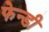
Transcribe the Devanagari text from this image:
फेन्डी